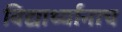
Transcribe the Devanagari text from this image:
विद्यार्थ्यांनाच